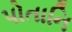
પોતાનિ